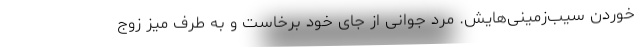
خوردن سیب‌زمینی‌هایش. مرد جوانی از جای خود برخاست و به طرف میز زوج